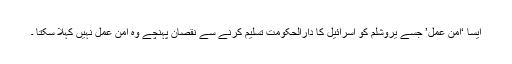
ایسا ‘امن عمل’ جسے یروشلم کو اسرائیل کا دارالحکومت تسلیم کرنے سے نقصان پہنچے وہ امن عمل نہیں کہلا سکتا ۔